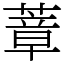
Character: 蔁